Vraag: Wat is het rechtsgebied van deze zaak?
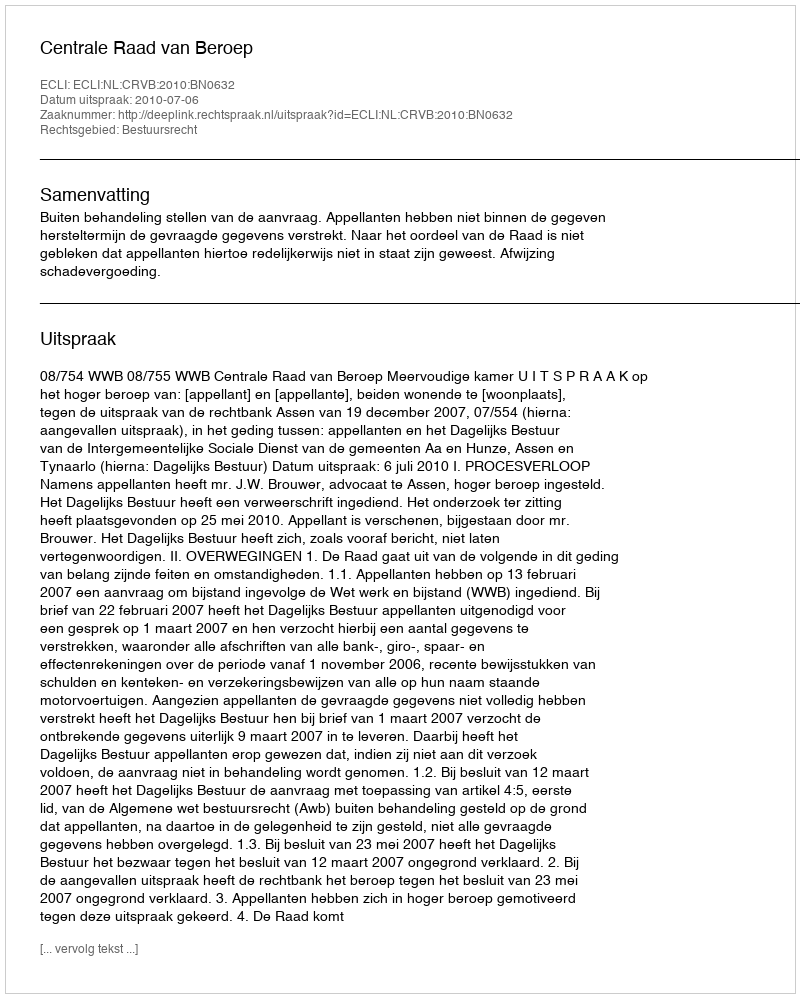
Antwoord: Bestuursrecht